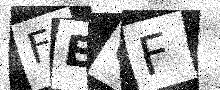
Text: FEUF